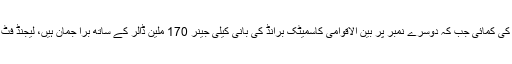
فوربس کے مطابق ٹیلر سوئفٹ نے اپنے فن سے ایک سال کے دوران 185 ملین ڈالر کی کمائی جب کہ دوسرے نمبر پر بین الاقوامی کاسمیٹک برانڈ کی بانی کیلی جینر 170 ملین ڈالر کے ساتھ برا جمان ہیں، لیجنڈ فٹ بالر لیونیل میسی 127 ملین ڈالر کے ساتھ اس فہرست میں چوتھے نمبر پر شامل ہیں۔